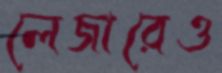
লেজারেও